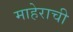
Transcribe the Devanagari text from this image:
माहेराची